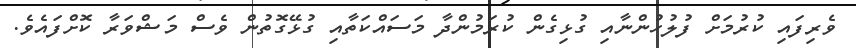
ވެރިފައި ކުރުމަށް ފުލުހުންނާއި ގުޅިގެން ކުރަމުންދާ މަސައްކަތާއި ގުޅޭގޮތުން ވެސް މަޝްވަރާ ކޮށްފައެވެ.